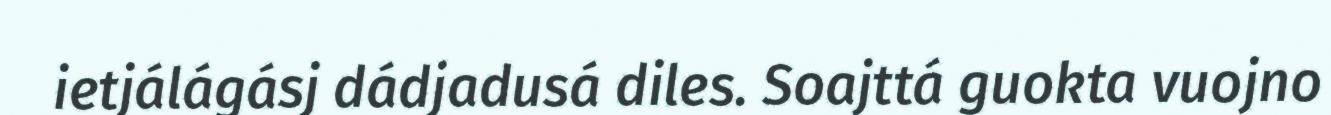
ietjálágásj dádjadusá diles. Soajttá guokta vuojno